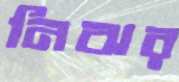
নিঝর